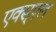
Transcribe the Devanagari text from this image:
एक्स्एल